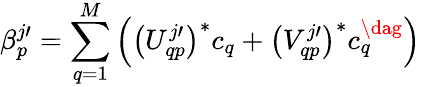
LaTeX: \beta_{p}^{j\prime}=\sum_{q=1}^{M}\left(\left(U_{qp}^{j\prime}\right)^{*}c_{q}+\left(V_{qp}^{j\prime}\right)^{*}c_{q}^{\dag}\right)